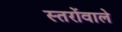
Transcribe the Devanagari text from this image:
स्तरोंवाले